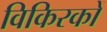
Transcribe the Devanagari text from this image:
विकिरकों